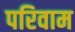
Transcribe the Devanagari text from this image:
परिवाम